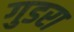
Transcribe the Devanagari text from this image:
गुडरा